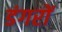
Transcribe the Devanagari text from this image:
डंगरों